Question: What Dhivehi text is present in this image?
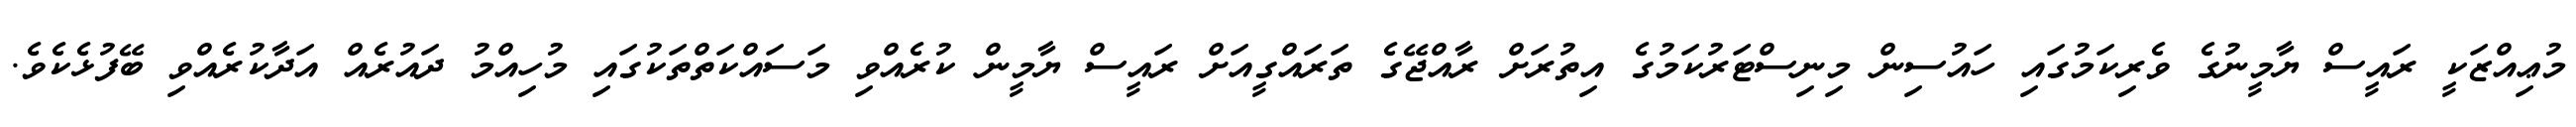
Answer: މުޢިއްޒަކީ ރައީސް ޔާމީނުގެ ވެރިކަމުގައި ހައުސިން މިނިސްޓަރުކަމުގެ އިތުރަށް ރާއްޖޭގެ ތަރައްގީއަށް ރައީސް ޔާމީން ކުރެއްވި މަސައްކަތްތަކުގައި މުހިއްމު ދައުރެއް އަދާކުރެއްވި ބޭފުޅެކެވެ.